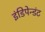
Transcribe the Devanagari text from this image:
इंडिपेन्डंट